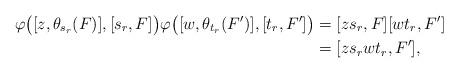
LaTeX: \begin{align*}\varphi \bigl( [z, \theta_{s_r}(F)],[s_r, F] \bigr) \varphi \bigl( [w, \theta_{t_r}(F')], [t_r, F'] \bigr) &= [zs_r, F][w t_r, F'] \\&= [zs_r w t_r, F'],\end{align*}